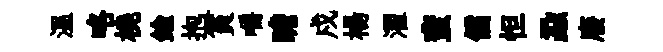
溫咯橈鍮抱篔嚼瞻戍楊濯蜚儒怛蝨廢